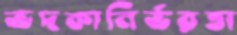
ভদকানির্ভরতা